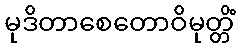
မုဒိတာစေတောဝိမုတ္တိံ